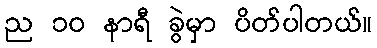
ည ၁၀ နာရီ ခွဲမှာ ပိတ်ပါတယ်။